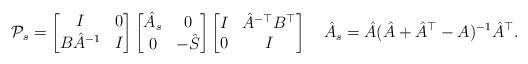
LaTeX: \begin{align*} \mathcal{P}_s = \begin{bmatrix} I & 0 \\ B \hat{A}^{-1} & I \end{bmatrix} \begin{bmatrix} \hat{A}_s & 0 \\ 0 & - \hat{S} \end{bmatrix} \begin{bmatrix} I & \hat{A}^{-\top} B^\top \\ 0 & I \end{bmatrix} \quad \hat{A}_s = \hat{A} (\hat{A} + \hat{A}^\top - A)^{-1} \hat{A}^\top.\end{align*}